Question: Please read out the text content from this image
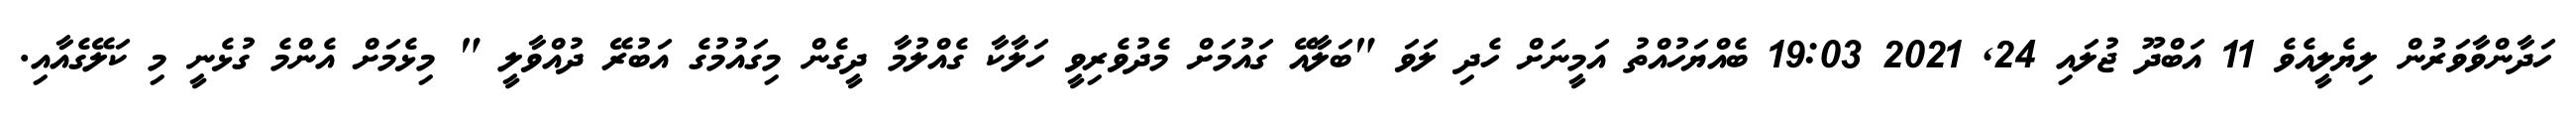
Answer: ހަދާންވާވަރުން ލިޔެލީއެވެ 11 އަބްދޫ ޖުލައި 24, 2021 19:03 ބެއްޔަހުއްތު އަމީނަށް ހެދި ލަވަ "ބަލާއޭ ގައުމަށް މެދުވެރިވީ ހަލާކާ ގެއްލުމާ ދީގެން މިގައުމުގެ އަބުރޭ ދުއްވާލީ " މިޅެމަށް އެންމެ ގުޅެނީ މި ކަލޭގެއާއި.